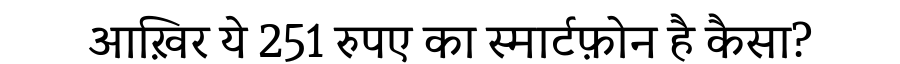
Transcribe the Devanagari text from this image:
आख़िर ये 251 रुपए का स्मार्टफ़ोन है कैसा?